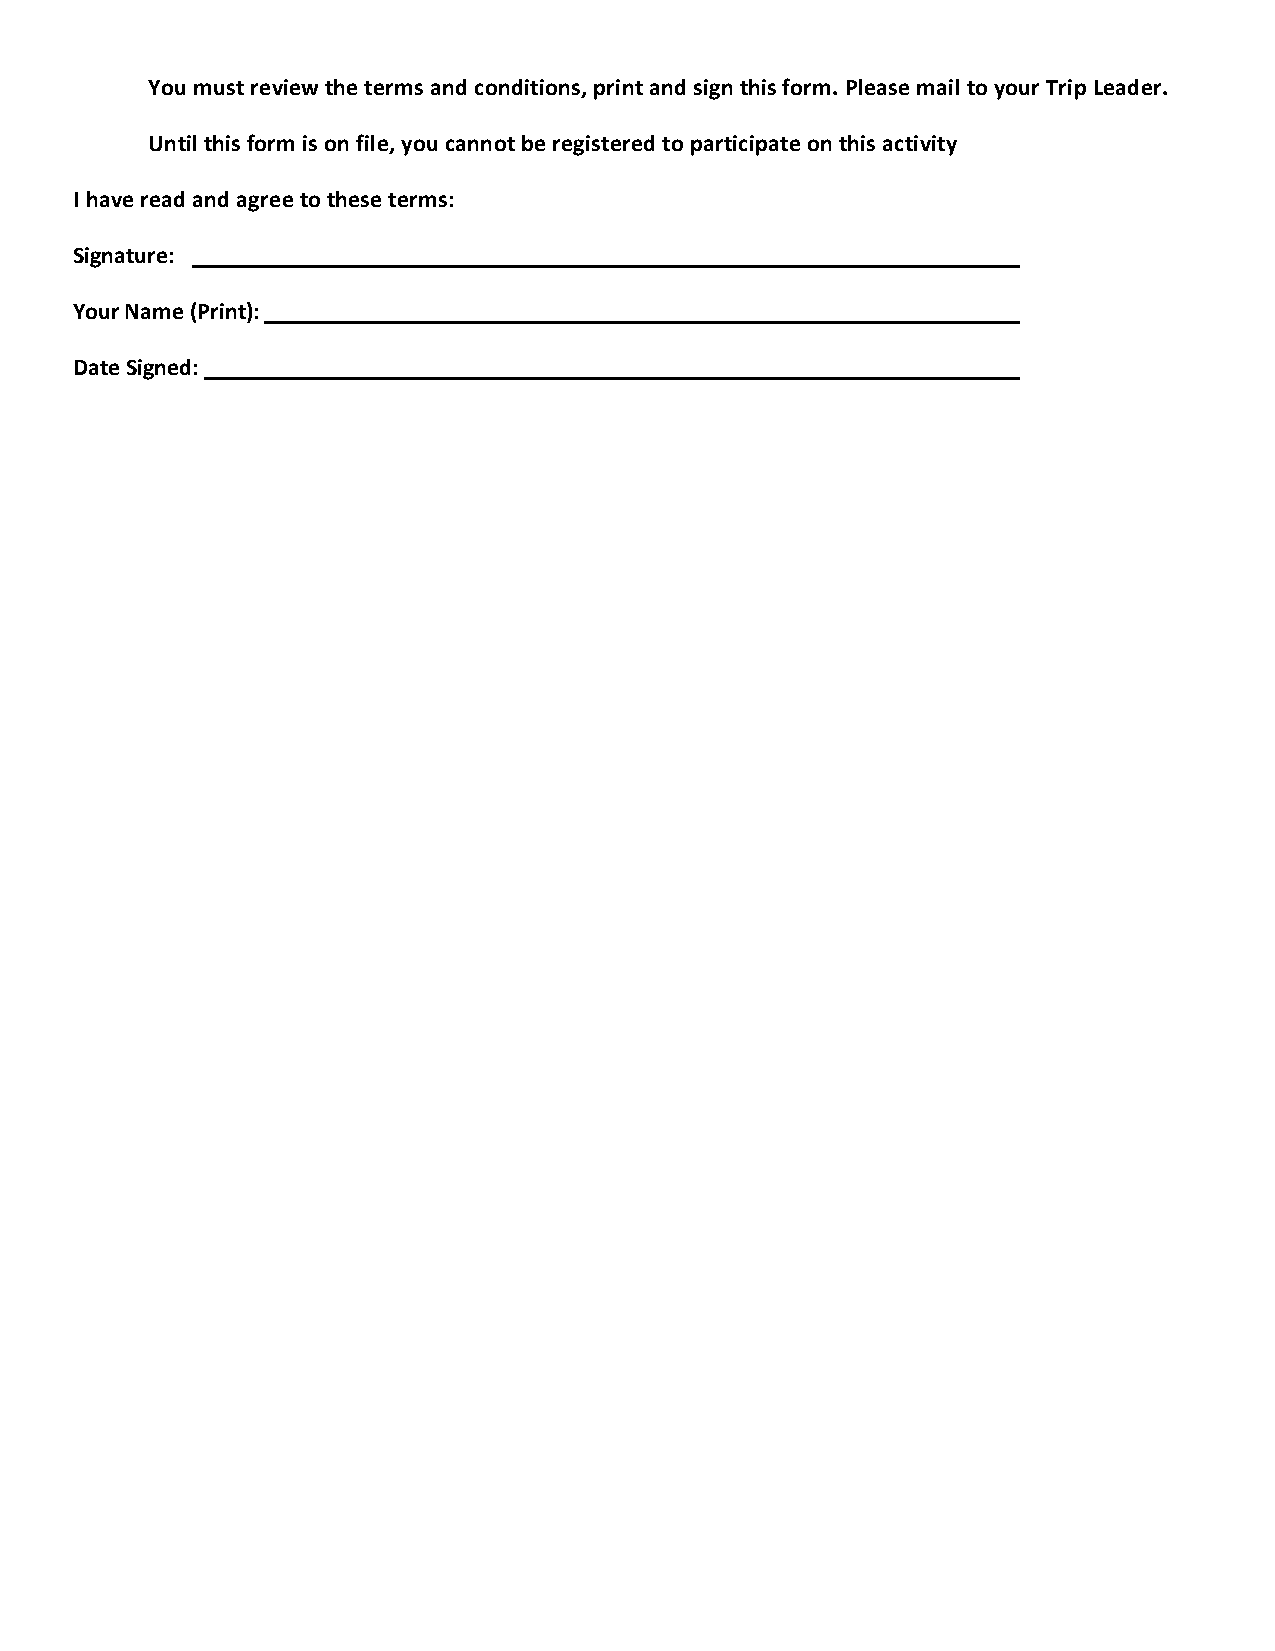
You must review the terms and conditions, print and sign this form. Please mail to your Trip Leader.
 Until this form is on file, you cannot be registered to participate on this activity
 I have read and agree to these terms:
 Signature: _____________________________________________________________________
 Your Name (Print): _______________________________________________________________
 Date Signed: ____________________________________________________________________